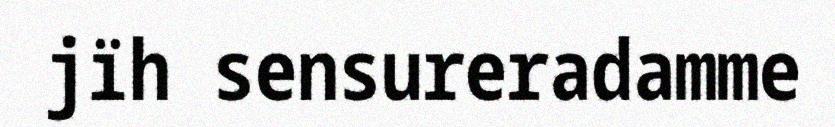
jïh sensureradamme